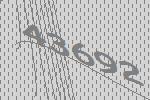
43692